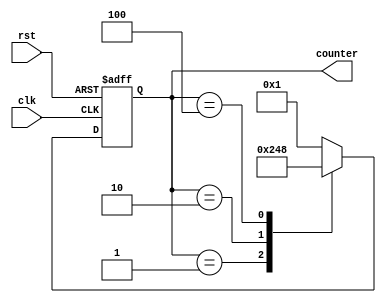
module ring_counter (
    input clk,
    input rst,
    output reg [3:0] counter
);

always @ (posedge clk or posedge rst)
begin
    if (rst)
        counter <= 4'b0001; // Initial state
    else
        case(counter)
            4'b0001: counter <= 4'b0010; // Transition to next state
            4'b0010: counter <= 4'b0100;
            4'b0100: counter <= 4'b1000;
            4'b1000: counter <= 4'b0001; // Loop back to initial state
            default: counter <= 4'b0001;
        endcase
end

endmodule